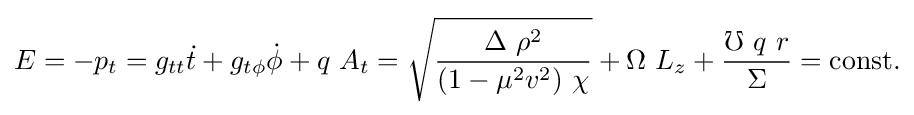
E=-p_{t}=g_{tt}{\dot {t}}+g_{t\phi }{\dot {\phi }}+q\ A_{t}={\sqrt {\frac {\Delta \ \rho ^{2}}{(1-\mu ^{2}v^{2})\ \chi }}}+\Omega \ L_{z}+{\frac {\mho \ q\ r}{\Sigma }}={\rm {const.}}